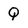
Character: Q